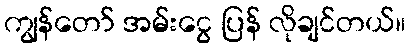
ကျွန်တော် အမ်းငွေ ပြန် လိုချင်တယ်။